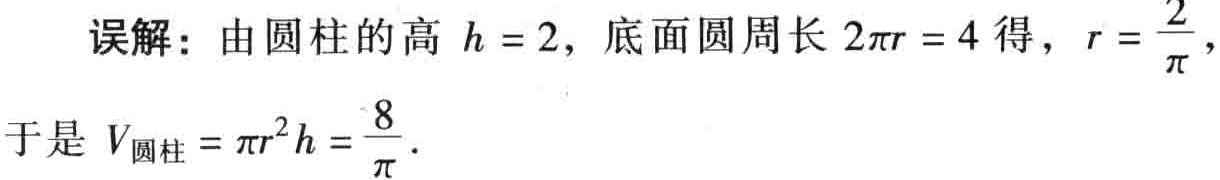
误解：由圆柱的高 \(h = 2\)，底面圆周长 \(2\pi r = 4\) 得，\(r = \frac{2}{\pi}\)，
于是 \(V_{圆柱}= \pi r^{2}h = \frac{8}{\pi}\)．